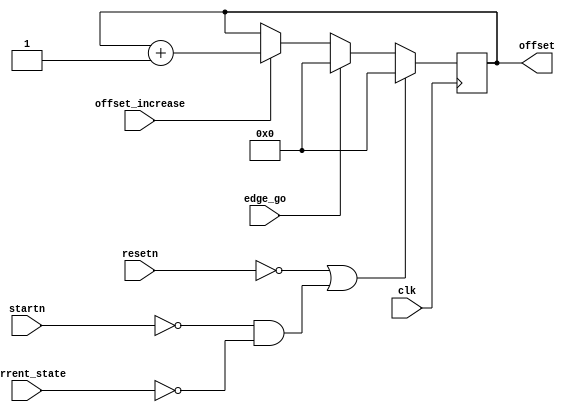

`timescale 1ns / 1ns

module counteroffset(
	input resetn, 
	input startn,
	input [5:0] current_state,
	input edge_go,
	input offset_increase,
	input clk,
	
	output reg [5:0] offset);

	always @(posedge clk)
		begin	
			if(!resetn | (!startn & current_state == 5'd0)) 
				offset <= 5'd0; 
			else if(edge_go)
				offset <= 5'd0;
			else if(offset_increase)
				offset <= offset + 1'b1;
		end

	 endmodule